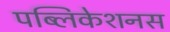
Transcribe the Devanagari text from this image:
पब्लिकेशनस